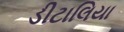
ડીટાલિયા